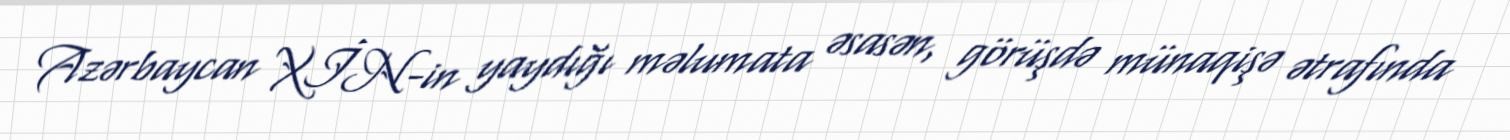
Azərbaycan XİN-in yaydığı məlumata əsasən, görüşdə münaqişə ətrafında